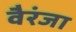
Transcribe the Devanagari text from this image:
वैरंजा